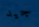
جيد